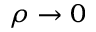
\rho \rightarrow 0